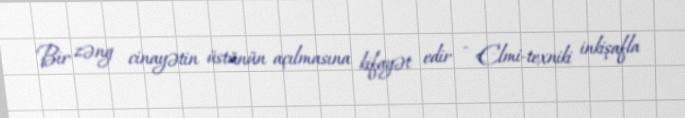
Bir zəng cinayətin üstünün açılmasına kifayət edir - Elmi-texniki inkişafla